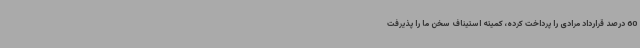
60 درصد قرارداد مرادی را پرداخت کرده، کمیته استیناف سخن ما را پذیرفت